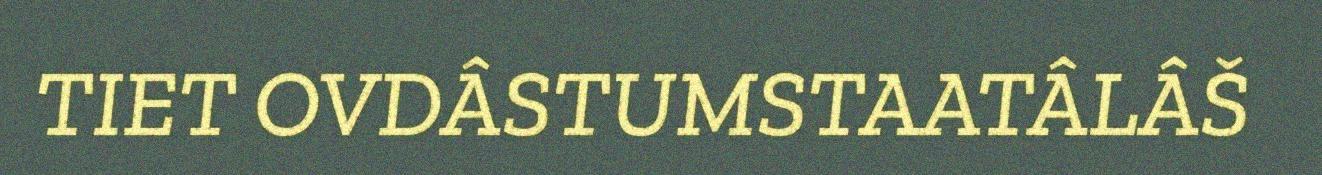
TIET OVDÂSTUMSTAATÂLÂŠ